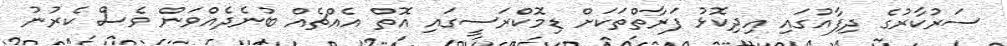
ސަރުކާރުގެ ދިފާއުގައި އިދިކޮޅު ފަރާތްތަކަށް ޑިމޮކްރަސީގައި އޮތް އެއްޗެއް ބުނެދެއްވަން ވެސް ކެރުނު